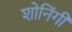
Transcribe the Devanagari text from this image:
शोनिंगी